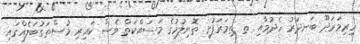
ހިރިމަރަދޫ ބަނދަރު ހެދުމާއި ތ. ތިމަރަފުށީ ތޮށިލުމުގެ މަސައްކަތް ވެސް ކައިރި މުސްތަގުބަލެއްގައި